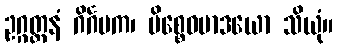
ဥဂ္ဂတ္ထနံ ဂိင်္ဂမက၊ မိစ္စေဝမာဒယော သိယုံ။